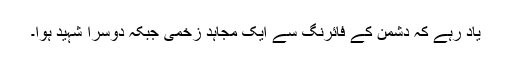
یاد رہے کہ دشمن کے فائرنگ سے ایک مجاہد زخمی جبکہ دوسرا شہید ہوا۔